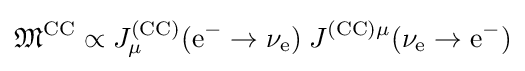
{\mathfrak {M}}^{\mathrm {CC} }\propto J_{\mu }^{\mathrm {(CC)} }(\mathrm {e^{-}} \to \nu _{\mathrm {e} })\;J^{\mathrm {(CC)} \mu }(\nu _{\mathrm {e} }\to \mathrm {e^{-}} )